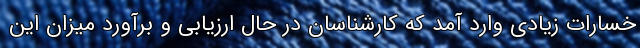
خسارات زیادی وارد آمد که کارشناسان در حال ارزیابی و برآورد میزان این